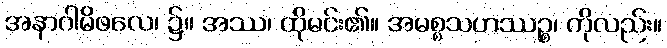
အနာဂါမိဖလေ၊ ၌။ အဿ၊ ထိုမင်း၏။ အမစ္စသဟဿဉ္စ၊ ကိုလည်း။